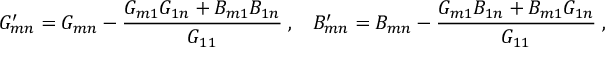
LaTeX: G _ { m n } ^ { \prime } = G _ { m n } - \frac { G _ { m 1 } G _ { 1 n } + B _ { m 1 } B _ { 1 n } } { G _ { 1 1 } } \; , \; \; \; B _ { m n } ^ { \prime } = B _ { m n } - \frac { G _ { m 1 } B _ { 1 n } + B _ { m 1 } G _ { 1 n } } { G _ { 1 1 } } \; ,